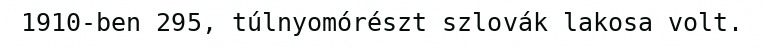
1910-ben 295, túlnyomórészt szlovák lakosa volt.